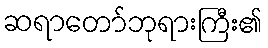
ဆရာတော်ဘုရားကြီး၏